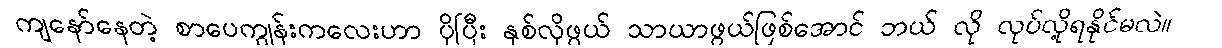
ကျနော်နေတဲ့ စာပေကျွန်းကလေးဟာ ပိုပြီး နှစ်လိုဖွယ် သာယာဖွယ်ဖြစ်အောင် ဘယ် လို လုပ်လို့ရနိုင်မလဲ။